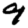
Digit: 9